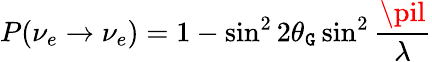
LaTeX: P(\nu_{e}\rightarrow\nu_{e})=1-\sin^{2}2\theta_{\mathtt{G}}\sin^{2}\frac{{\pil}}{{\lambda}}